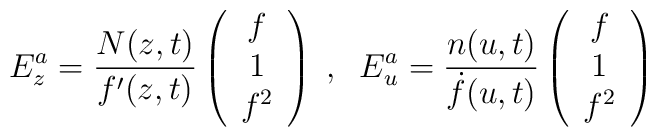
E^{a}_{z} = \frac{N(z,t)}{f'(z,t)} \left(\begin{array}{c}f \\ 1\\ f^{2}\end{array} \right) \; , \;\;E^{a}_{u} = \frac{n(u,t)}{\dot{f}(u,t)} \left(\begin{array}{c}f \\ 1\\ f^{2}\end{array} \right)